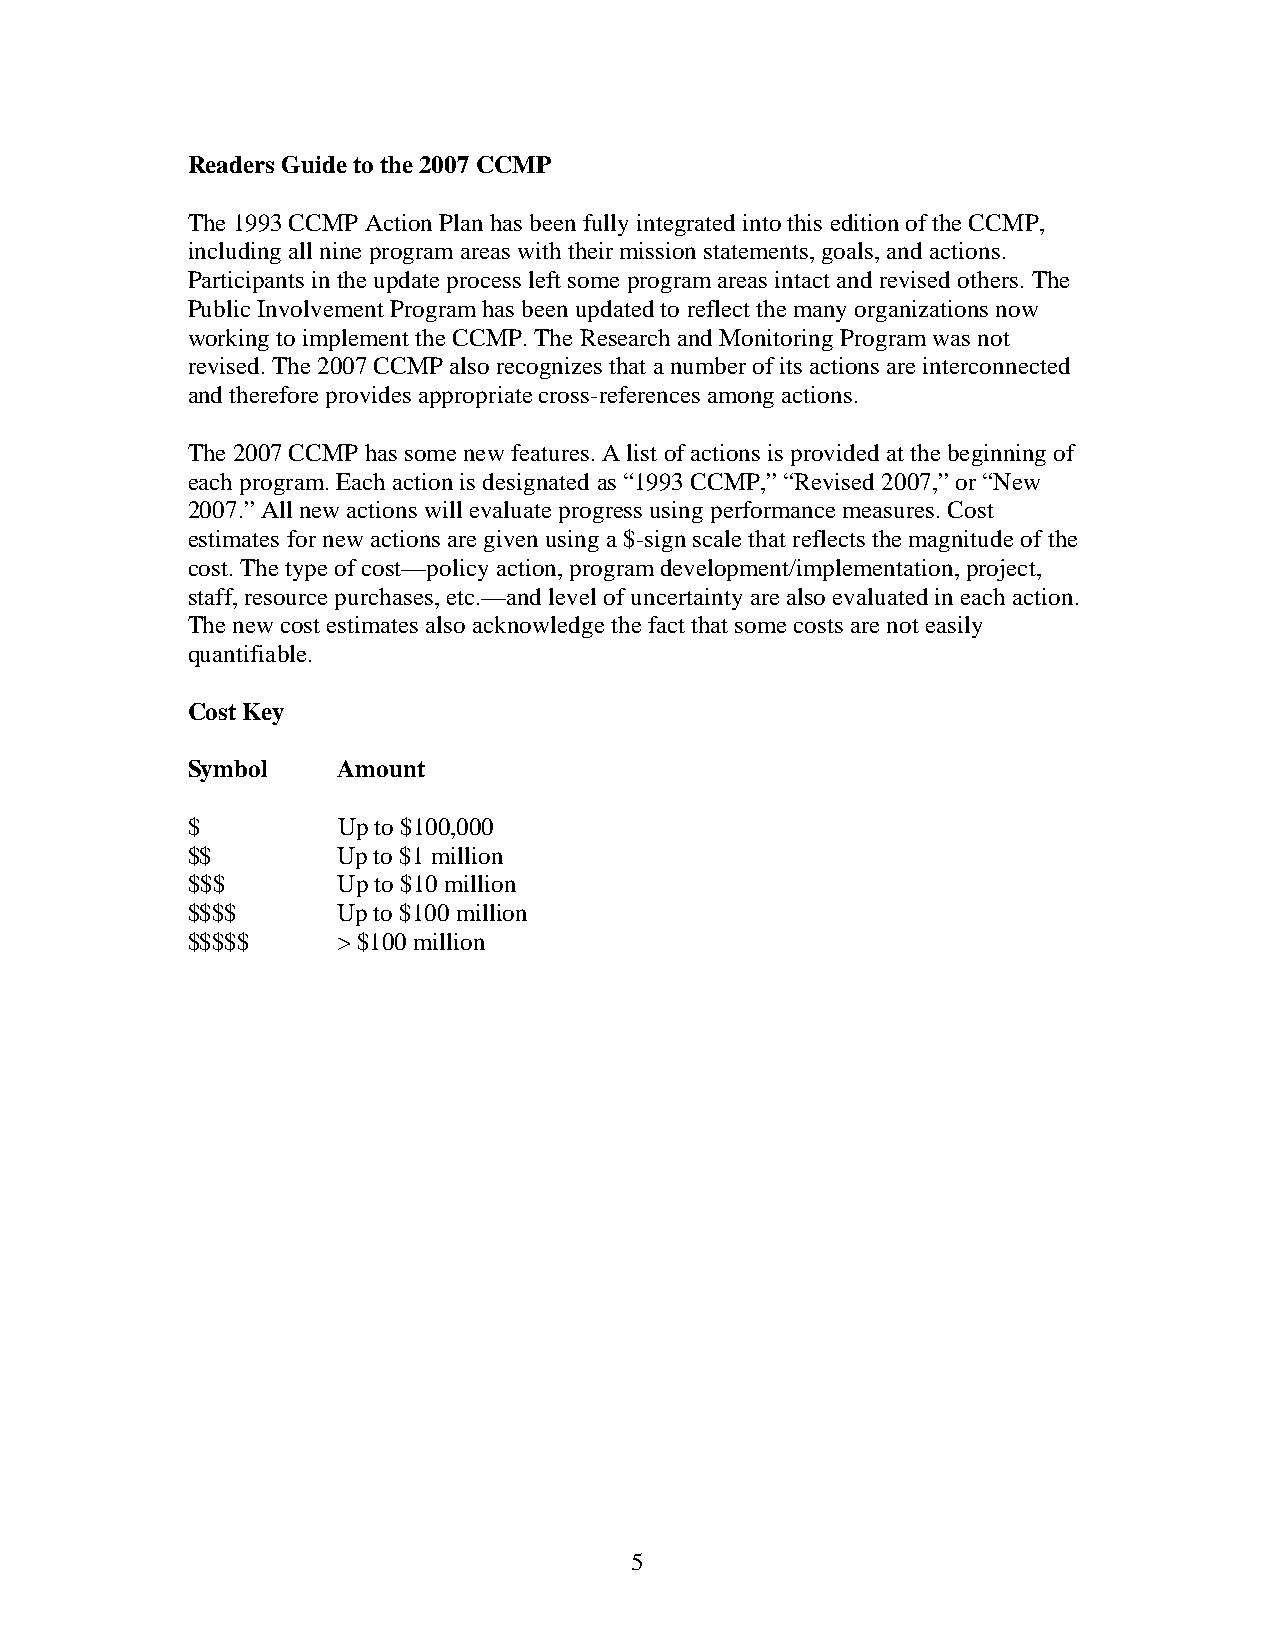
Readers Guide to the 2007 CCMP
 The 1993 CCMP Action Plan has been fully integrated into this edition of the CCMP,
 including all nine program areas with their mission statements, goals, and actions.
 Participants in the update process left some program areas intact and revised others. The
 Public Involvement Program has been updated to reflect the many organizations now
 working to implement the CCMP. The Research and Monitoring Program was not
 revised. The 2007 CCMP also recognizes that a number of its actions are interconnected
 and therefore provides appropriate cross-references among actions.
 The 2007 CCMP has some new features. A list of actions is provided at the beginning of
 each program. Each action is designated as “1993 CCMP,” “Revised 2007,” or “New
 2007.” All new actions will evaluate progress using performance measures. Cost
 estimates for new actions are given using a $-sign scale that reflects the magnitude of the
 cost. The type of cost—policy action, program development/implementation, project,
 staff, resource purchases, etc.—and level of uncertainty are also evaluated in each action.
 The new cost estimates also acknowledge the fact that some costs are not easily
 quantifiable.
 Cost Key
 Symbol    Amount
 $         Up to $100,000
 $$        Up to $1 million
 $$$       Up to $10 million
 $$$$      Up to $100 million
 $$$$$     > $100 million
 5